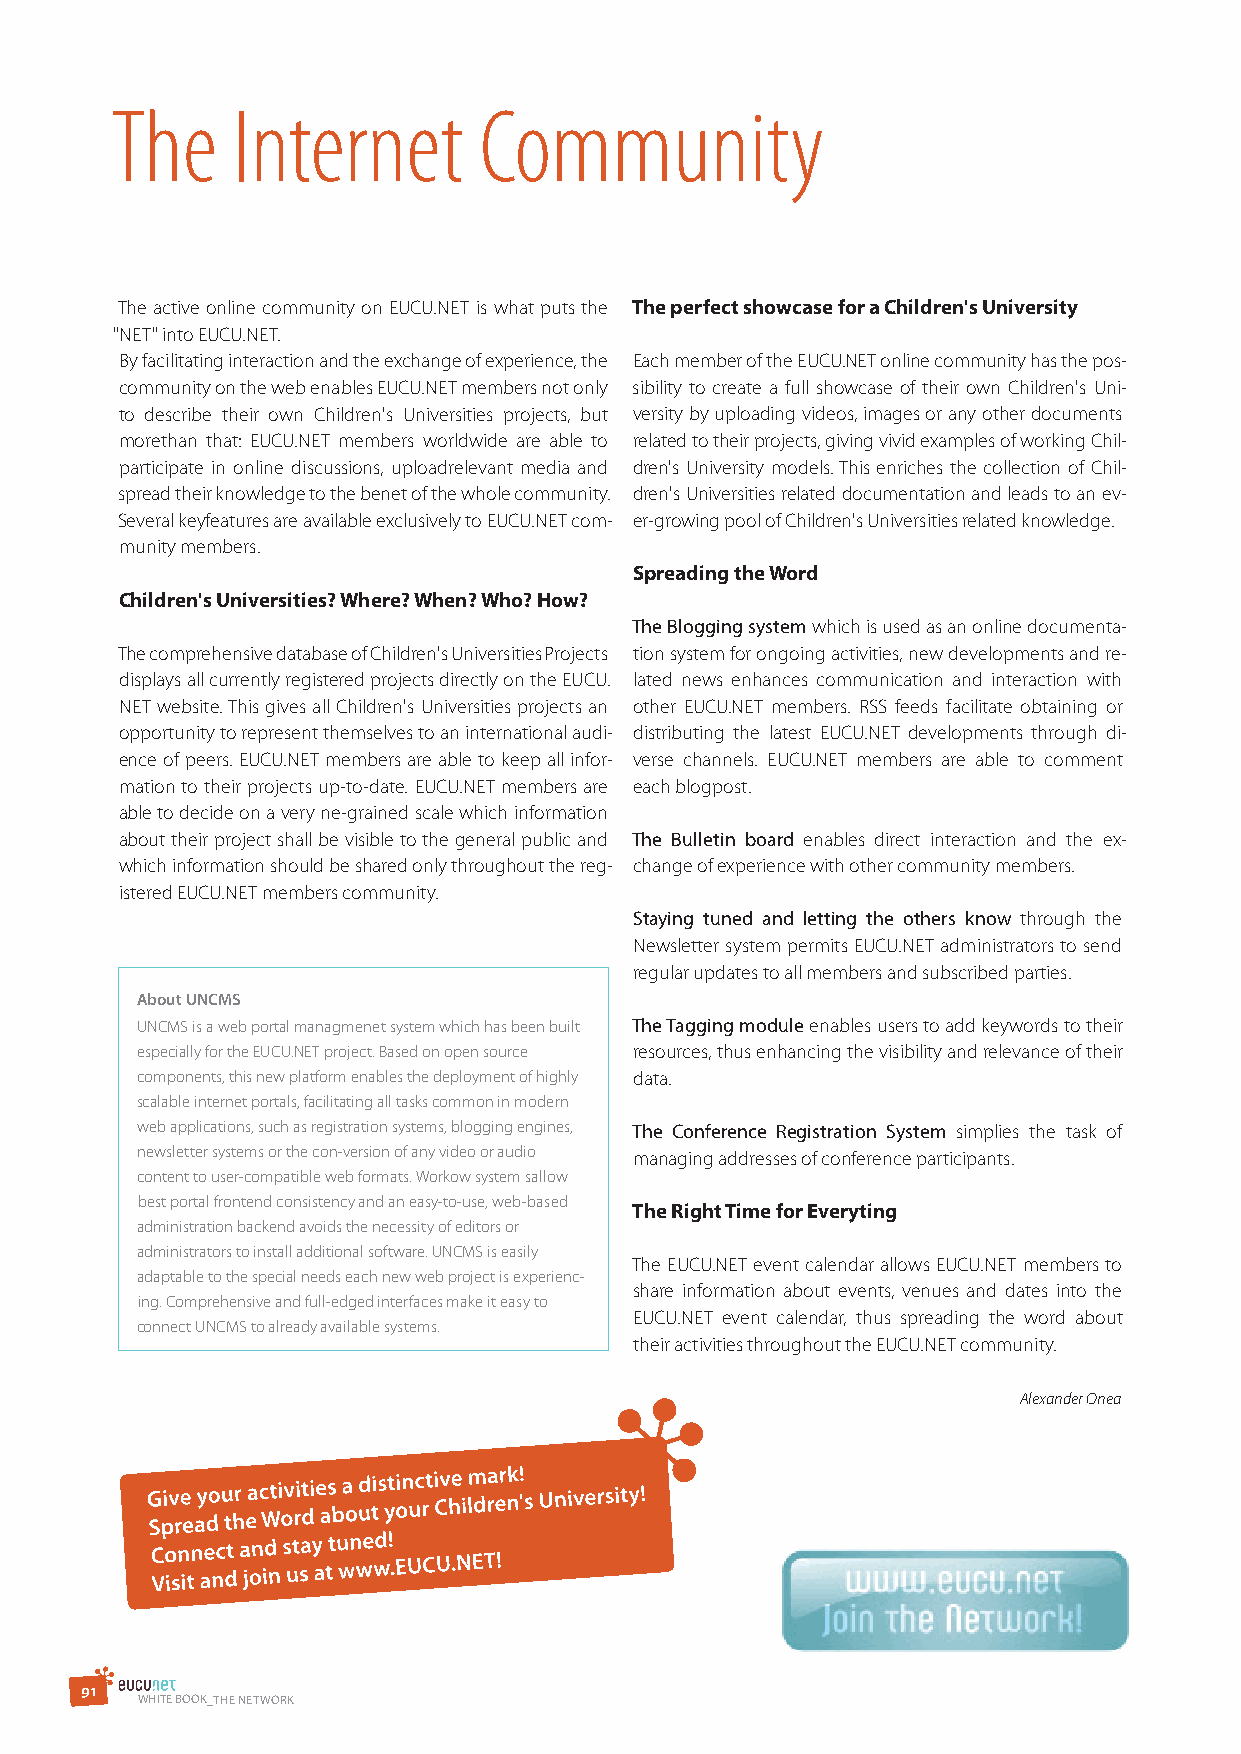
The     Internet         Community
 The active online community on EUCU.NET is what puts the The perfect showcase for a Children's University
 "NET" into EUCU.NET.
 By facilitating interaction and the exchange of experience, the Each member of the EUCU.NET online community has the pos-
 community on the web enables EUCU.NET members not only sibility to create a full showcase of their own Children's Uni-
 to describe their own Children's Universities projects, but versity by uploading videos, images or any other documents
 morethan that: EUCU.NET members worldwide are able to related to their projects, giving vivid examples of working Chil-
 participate in online discussions, uploadrelevant media and dren's University models. This enriches the collection of Chil-
 spread their knowledge to the benet of the whole community. dren's Universities related documentation and leads to an ev-
 Several keyfeatures are available exclusively to EUCU.NET com- er-growing pool of Children's Universities related knowledge.
 munity members.
 spreading the word
 Children's Universities? where? when? who? how?
 The Blogging system which is used as an online documenta-
 The comprehensive database of Children's Universities Projects tion system for ongoing activities, new developments and re-
 displays all currently registered projects directly on the EUCU. lated news enhances communication and interaction with
 NET website. This gives all Children's Universities projects an other EUCU.NET members. RSS feeds facilitate obtaining or
 opportunity to represent themselves to an international audi- distributing the latest EUCU.NET developments through di-
 ence of peers. EUCU.NET members are able to keep all infor- verse channels. EUCU.NET members are able to comment
 mation to their projects up-to-date. EUCU.NET members are each blogpost.
 able to decide on a very ne-grained scale which information
 about their project shall be visible to the general public and The Bulletin board enables direct interaction and the ex-
 which information should be shared only throughout the reg- change of experience with other community members.
 istered EUCU.NET members community.
 staying tuned and letting the others know through the
 Newsletter system permits EUCU.NET administrators to send
 regular updates to all members and subscribed parties.
 About UNCMS
 UNCMS is a web portal managmenet system which has been built The Tagging module enables users to add keywords to their
 especially for the EUCU.NET project. Based on open source resources, thus enhancing the visibility and relevance of their
 components, this new platform enables the deployment of highly data.
 scalable internet portals, facilitating all tasks common in modern
 web applications, such as registration systems, blogging engines, The Conference registration system simplies the task of
 newsletter systems or the con-version of any video or audio managing addresses of conference participants.
 content to user-compatible web formats. Workow system sallow
 best portal frontend consistency and an easy-to-use, web-based
 The right Time for Everyting
 administration backend avoids the necessity of editors or
 administrators to install additional software. UNCMS is easily
 The EUCU.NET event calendar allows EUCU.NET members to
 adaptable to the special needs each new web project is experienc-
 share information about events, venues and dates into the
 ing. Comprehensive and full-edged interfaces make it easy to
 EUCU.NET event calendar, thus spreading the word about
 connect UNCMS to already available systems.
 their activities throughout the EUCU.NET community.
 Alexander Onea
 9 1
 WHITE BOOK_THE NETWOrK